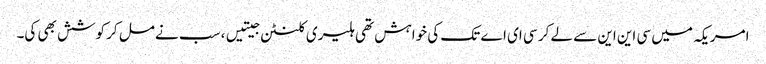
امریکہ میں سی این این سے لے کر سی ای اے تک کی خواہش تھی ہلیری کلنٹن جیتیں، سب نے مل کر کوشش بھی کی۔